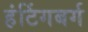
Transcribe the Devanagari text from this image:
हंटिंगबर्ग